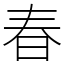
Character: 春